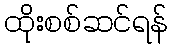
ထိုးစစ်ဆင်ရန်